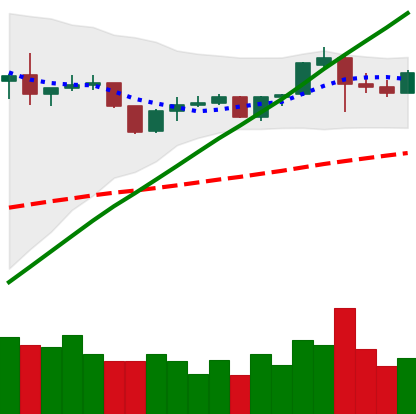
Ticker: BNB-USD
Chart end date: 2019-06-17
Forward return: 11.445%
Label: up_7plus